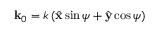
\mathbf { k } _ { 0 } = k \left( \hat { \mathbf { x } } \sin \psi + \hat { \mathbf { y } } \cos \psi \right)